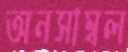
অনসাম্বল